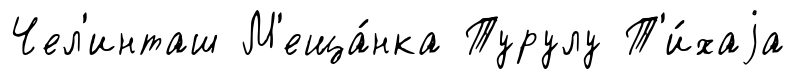
Чел'инташ М'еща́нка Турулу Т'и́хаjа